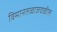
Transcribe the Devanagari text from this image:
विमानतळाजवळील